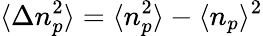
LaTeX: \langle\Delta n_{p}^{2}\rangle=\langle n_{p}^{2}\rangle-\langle n_{p}\rangle^{2}